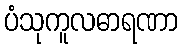
ပံသုကူလဓာရဏာ